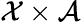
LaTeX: \mathcal X\times\mathcal A